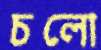
চলো